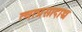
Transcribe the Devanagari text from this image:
त्वत्प्रसादाच्च